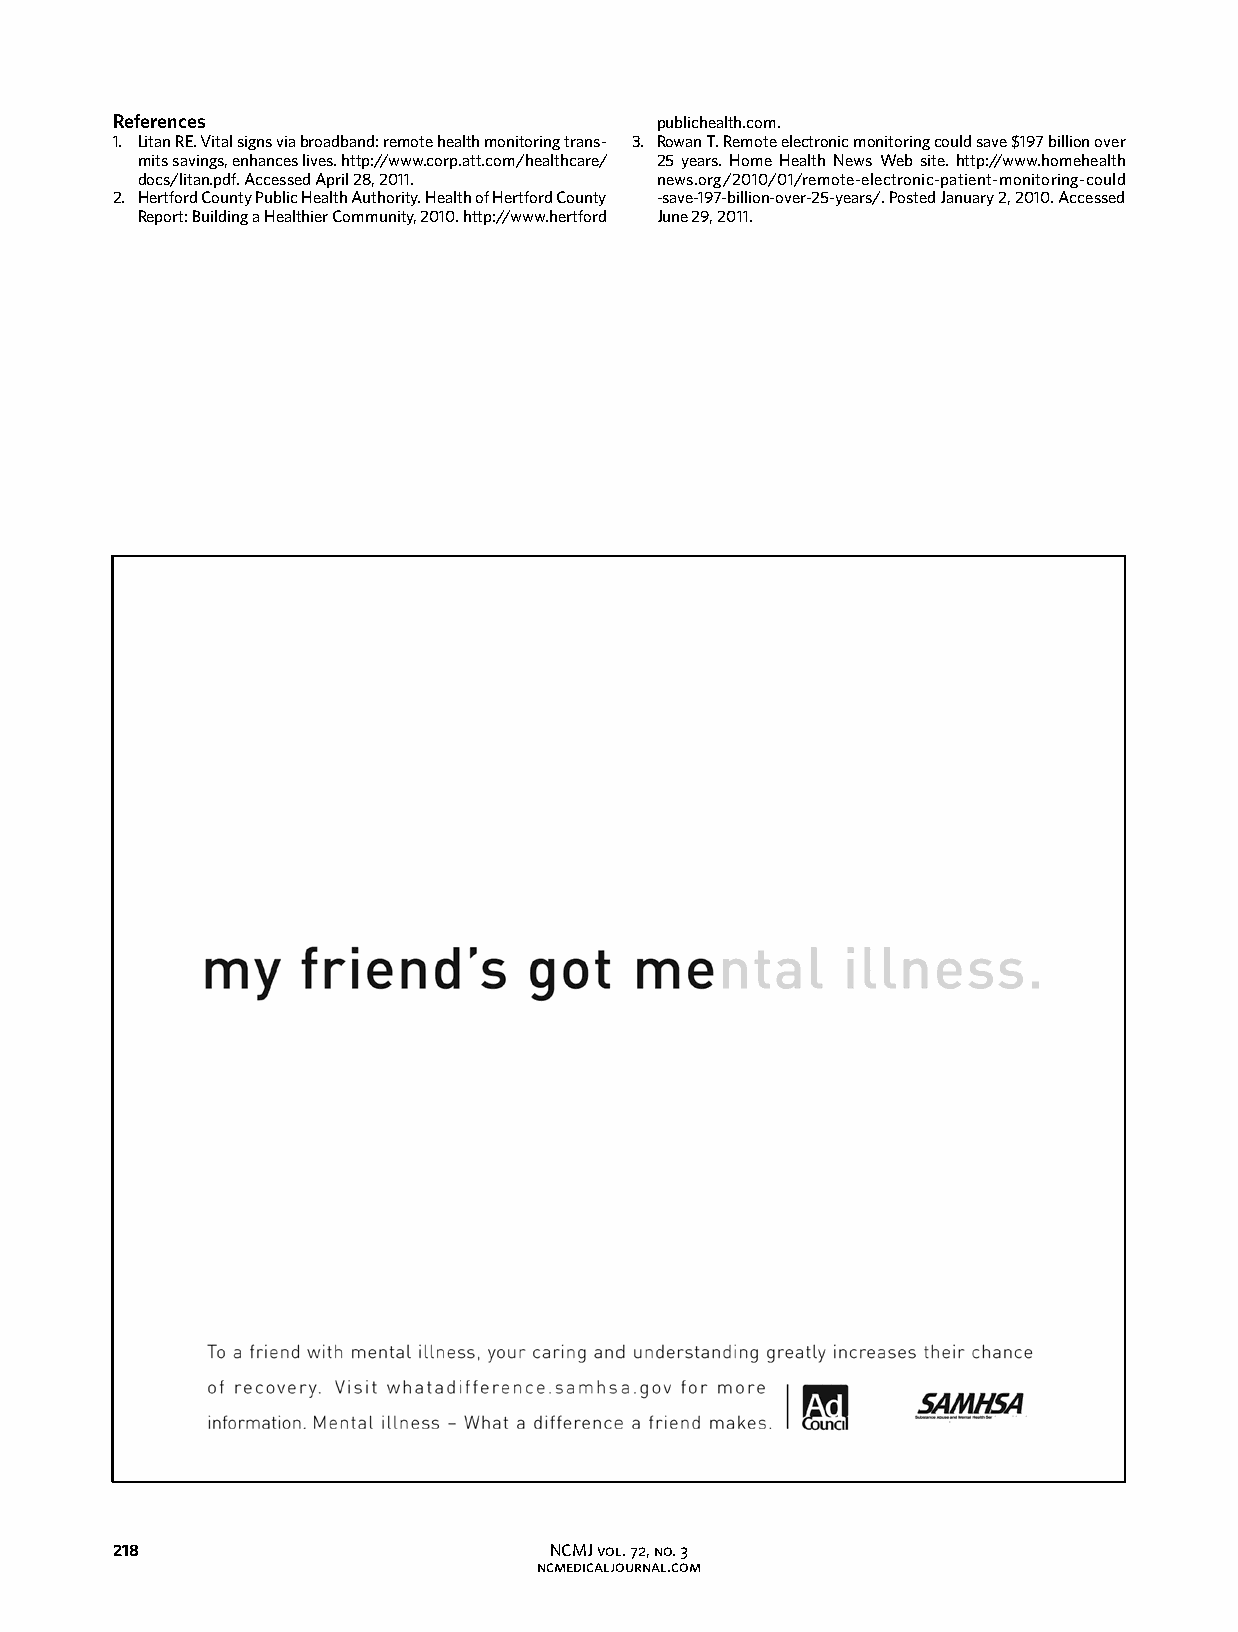
References                          publichealth.com.
 1. Litan RE. Vital signs via broadband: remote health monitoring trans- 3. Rowan T. Remote electronic monitoring could save $197 billion over
 mits savings, enhances lives. http://www.corp.att.com/healthcare/ 25 years. Home Health News Web site. http://www.homehealth
 docs/litan.pdf. Accessed April 28, 2011. news.org/2010/01/remote-electronic-patient-monitoring-could
 2. Hertford County Public Health Authority. Health of Hertford County -save-197-billion-over-25-years/. Posted January 2, 2010. Accessed
 Report: Building a Healthier Community, 2010. http://www.hertford June 29, 2011.
 218                          NCMJ vol. 72, no. 3                                                               NCMJ vol. 72, no. 3
 ncmedicaljournal.com                                                             ncmedicaljournal.com